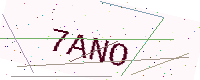
Text: 7ANO